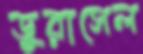
ডুরাসেল